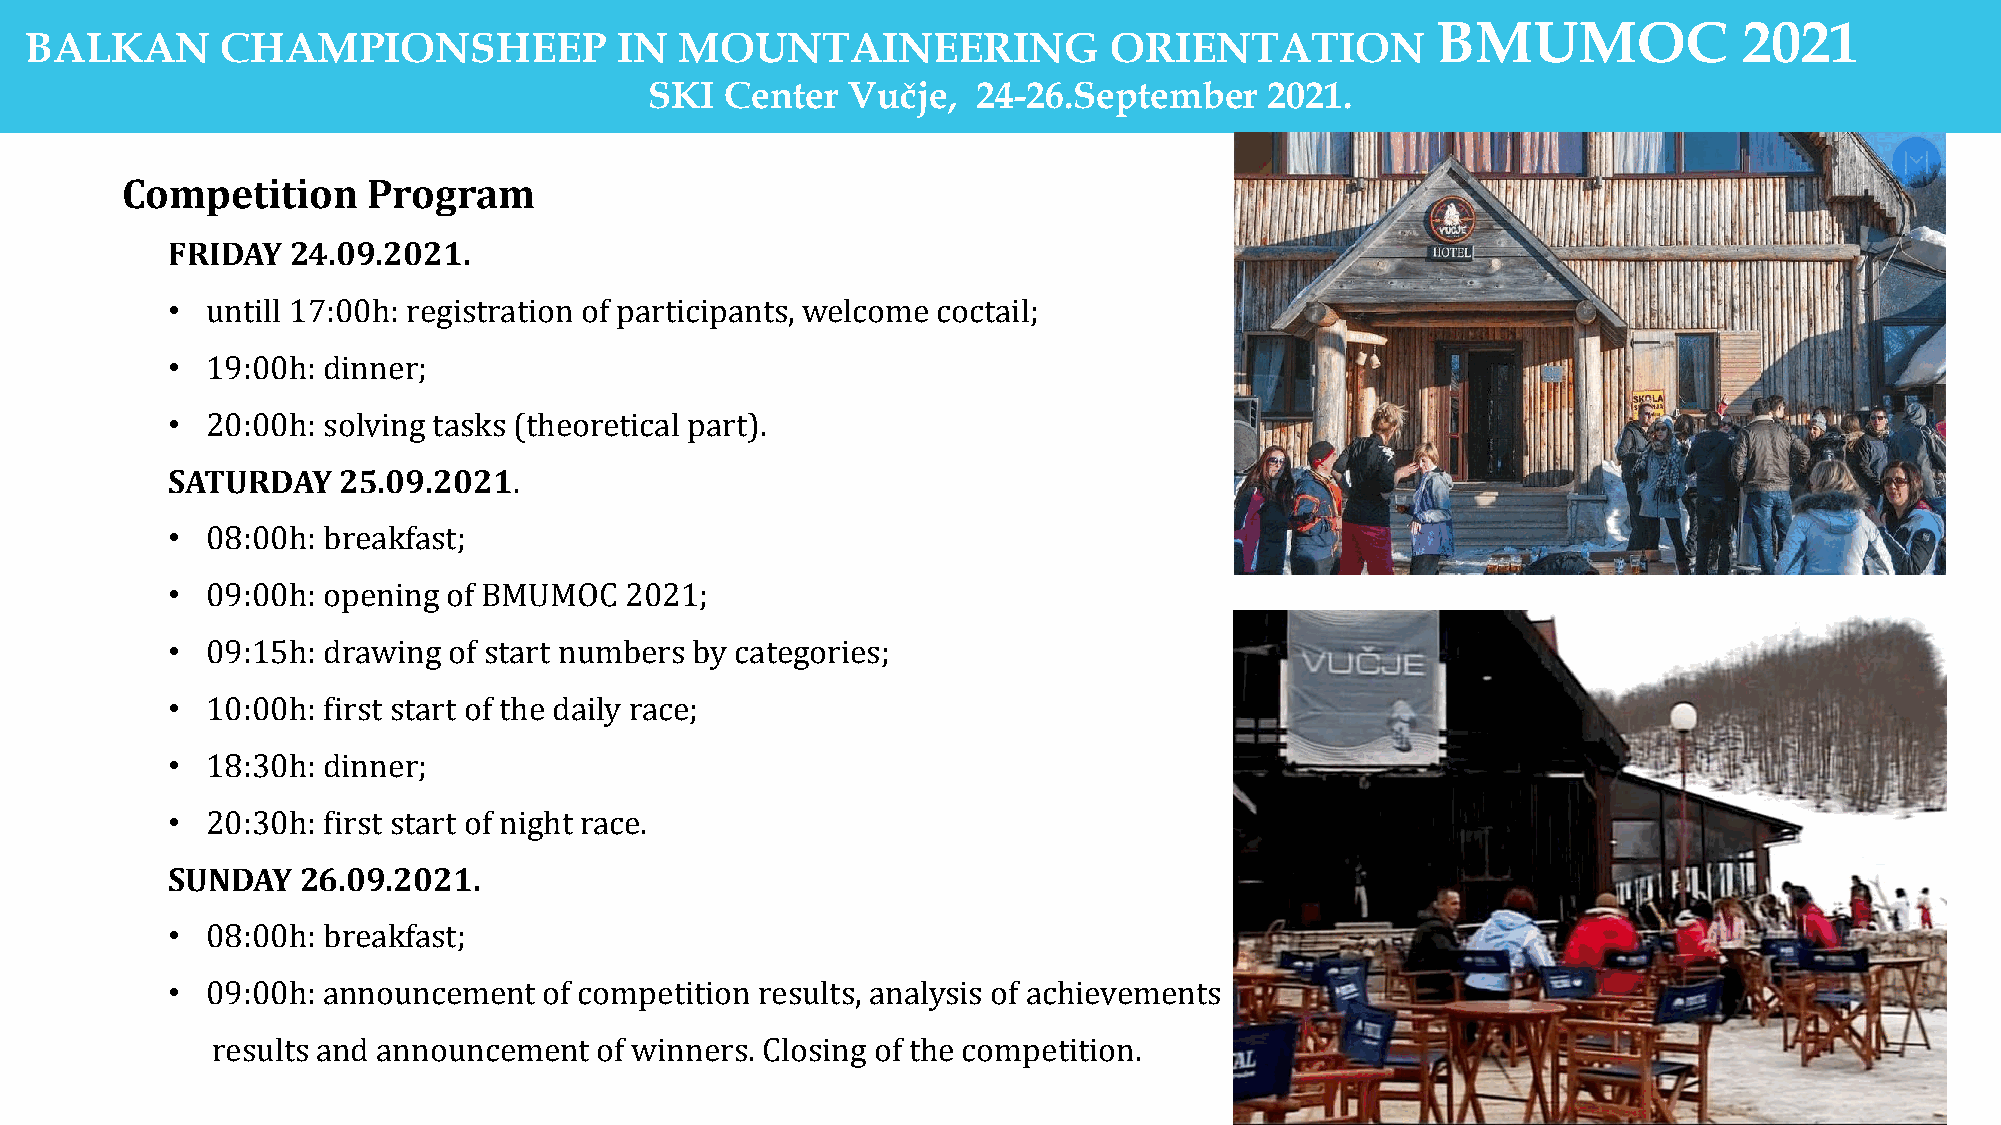
BMUMOC              2021
 BALKAN       CHAMPIONSHEEP             IN  MOUNTAINEERING              ORIENTATION
 SKI  Center  Vučje,   24-26.September    2021.
 Competition     Program
 FRIDAY  24.09.2021.
 •  untill 17:00h: registration of participants, welcome coctail;
 •  19:00h: dinner;
 •  20:00h: solving tasks (theoretical part).
 SATURDAY   25.09.2021.
 •  08:00h: breakfast;
 •  09:00h: opening of BMUMOC  2021;
 •  09:15h: drawing of start numbers by categories;
 •  10:00h: first start of the daily race;
 •  18:30h: dinner;
 •  20:30h: first start of night race.
 SUNDAY   26.09.2021.
 •  08:00h: breakfast;
 •  09:00h: announcement  of competition results, analysis of achievements
 results and announcement  of winners. Closing of the competition.